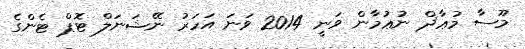
މޫސާ މުޢާޛް ނުޢުމާން ވަނީ 2014 ވަނަ އަހަރު ނޭޝަނަލް ޓޮޕް ޓެންގެ